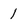
Character: 1